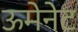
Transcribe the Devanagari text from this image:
ऊमेनेट